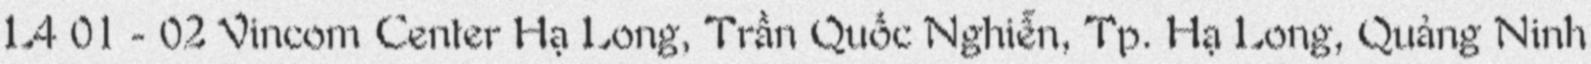
L4 01 - 02 Vincom Center Hạ Long, Trần Quốc Nghiễn, Tp. Hạ Long, Quảng Ninh